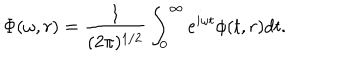
LaTeX: \Phi ( \omega , r ) = \frac { 1 } { ( 2 \pi ) ^ { 1 / 2 } } \int _ { 0 } ^ { \infty } e ^ { i \omega t } \phi ( t , r ) d t .